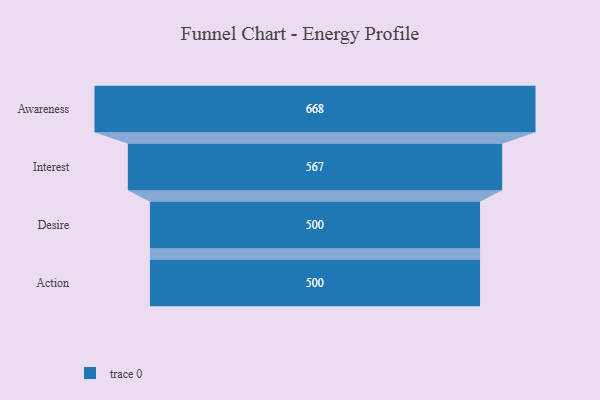
{"axis": {"x": "Stage", "y": "Value"}, "legend": [""], "data": [{"x": "Awareness", "y": 668.0, "type": ""}, {"x": "Interest", "y": 567.0, "type": ""}, {"x": "Desire", "y": 500, "type": ""}, {"x": "Action", "y": 500, "type": ""}]}